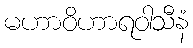
မဟာဝိဟာရဝါသီနံ